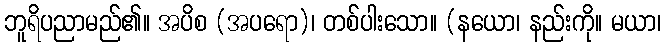
ဘူရိပညာမည်၏။ အပိစ (အပရော)၊ တစ်ပါးသော။ (နယော၊ နည်းကို။ မယာ၊